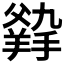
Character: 𤕛